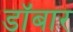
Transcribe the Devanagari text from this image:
डॉबार